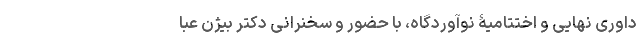
داوری نهایی و اختتامیۀ نوآوردگاه، با حضور و سخنرانی دکتر بیژن عبا